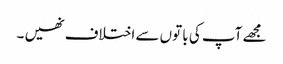
مجھے آپ کی با توں سے اختلاف نھیں ۔